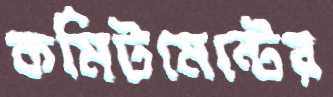
কমিটমেন্টের